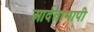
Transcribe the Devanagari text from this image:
आर्दतामापी